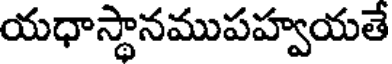
యధాస్థానముపహ్వయతే